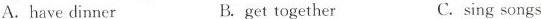
A.have dinner B.get together C.sing songs